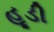
હૂડી